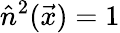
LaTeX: \hat{n}^{2}(\vec{x})=1